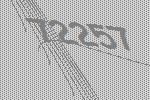
72257